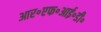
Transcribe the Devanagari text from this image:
आर॰एफ॰आई॰डी॰